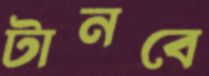
টানবে